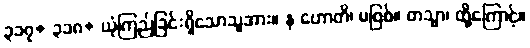
၃၁၇+ ၃၁၈+ ယုံကြည်ခြင်းရှိသောသူအား။ န ဟောတိ၊ မဖြစ်။ တသ္မာ၊ ထို့ကြောင့်။